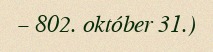
– 802. október 31.)